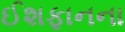
ઈશફાનના